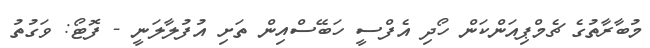
މުބާރާތުގެ ޗެމްޕިއަންކަން ހޯދި އެފްސީ ހަބޭސްއިން ތަށި އުފުލާލަނީ - ފޮޓޯ: ވަގުތު